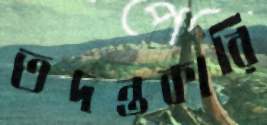
তদন্তকারি